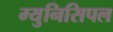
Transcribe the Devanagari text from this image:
म्‍युनिसिपल